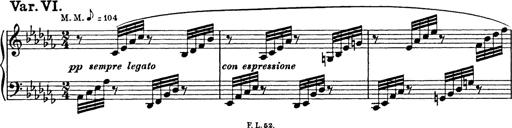
Title: 8 Variations
Composer: Franz Liszt
Key: A-flat major